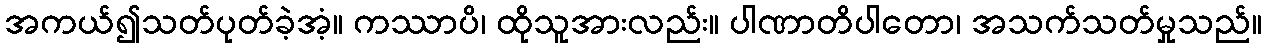
အကယ်၍သတ်ပုတ်ခဲ့အံ့။ ကဿာပိ၊ ထိုသူအားလည်း။ ပါဏာတိပါတော၊ အသက်သတ်မှုသည်။